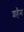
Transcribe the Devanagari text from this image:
शहैम